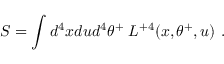
S = \int d ^ { 4 } x d u d ^ { 4 } \theta ^ { + } \; L ^ { + 4 } ( x , \theta ^ { + } , u ) \ .